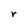
Character: r